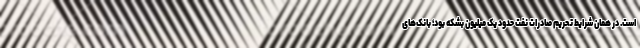
است. در همان شرایط تحریم صادرات نفت حدود یک میلیون بشکه بود؛ بانک‌های